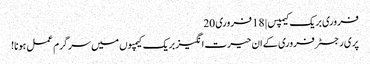
فروری بریک کیمپس | 18 فروری 20
پری رجسٹر فروری کے ان حیرت انگیز بریک کیمپوں میں سرگرم عمل ہونا!